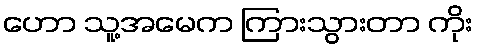
ဟော သူ့အမေက ကြားသွားတာ ကိုး